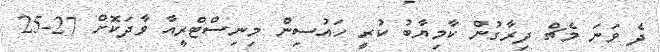
ދެ ވަނަ މެޗް ދިރާގުން ކާމިޔާބު ކުރީ ހައުސިން މިނިސްޓްރީއާ ވާދަކޮށް 27-25